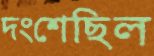
দংশেছিল